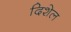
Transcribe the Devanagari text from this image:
दिशेल